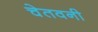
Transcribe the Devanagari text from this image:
चेतवनी